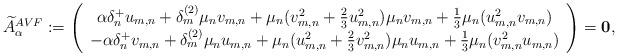
LaTeX: \begin{align*}\widetilde{A}^{AVF}_\alpha:=\left(\begin{array}{c}\alpha\delta_n^+u_{m,n}+\delta_m^{(2)}\mu_nv_{m,n}+\mu_n(v_{m,n}^2+\frac{2}3u_{m,n}^2)\mu_nv_{m,n}+\frac{1}3\mu_n(u_{m,n}^2v_{m,n})\\-\alpha\delta_n^+v_{m,n}+\delta_m^{(2)}\mu_nu_{m,n}+\mu_n(u_{m,n}^2+\frac{2}3v_{m,n}^2)\mu_nu_{m,n}+\frac{1}3\mu_n(v_{m,n}^2u_{m,n})\end{array}\right)=\mathbf{0},\end{align*}